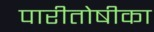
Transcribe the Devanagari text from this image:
पारीतोषीका